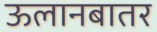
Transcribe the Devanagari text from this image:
ऊलानबातर